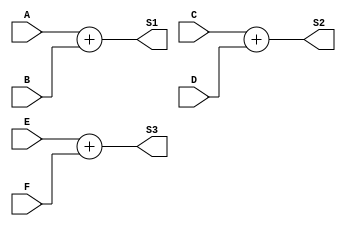
module Subprogram_Task(
	input 			[3:0]		A, B, C, D, E, F,
	output	reg	[3:0]		S1, S2, S3
);

task Sum;
	input 			[3:0] 	Op1, Op2;
	output	reg	[3:0]		Result;
	begin
		Result = Op1 + Op2;
	end
endtask

always @(*)
begin
	Sum(A, B, S1);
	Sum(C, D, S2);
	Sum(E, F, S3);
end

endmodule